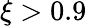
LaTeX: \xi>0.9